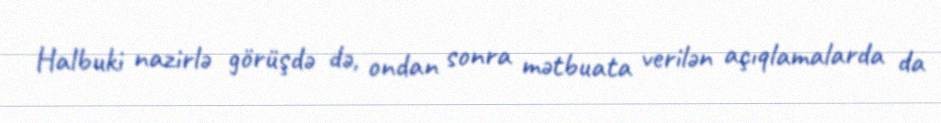
Halbuki nazirlə görüşdə də, ondan sonra mətbuata verilən açıqlamalarda da